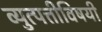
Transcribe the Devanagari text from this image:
व्युत्पत्तीविषयी